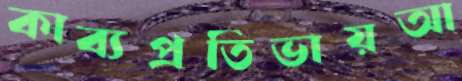
কাব্যপ্রতিভায়আ